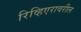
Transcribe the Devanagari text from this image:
रिव्हिएरावरील